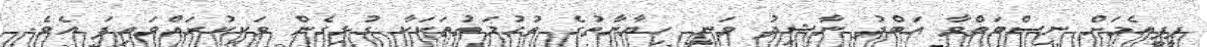
ޕީޕީއެމަށް ނިސްބަތްވާ އަބްދު ނާޝިދު ވަނީ ހިޔާނާތުގެ ތުހުމަތުތަކަކާ ގުޅިގެން ވަކިކުރައްވައިފަ އެވެ.